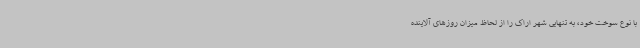
با نوع سوخت خود، به تنهایی شهر اراک را از لحاظ میزان روزهای آلاینده